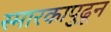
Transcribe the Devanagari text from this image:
स्मारकापुढून